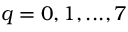
q = 0 , 1 , . . . , 7